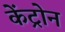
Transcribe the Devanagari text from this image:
केंट्रोन